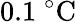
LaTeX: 0.1~^{\circ}\mathrm{C}